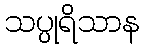
သပ္ပုရိသာန